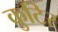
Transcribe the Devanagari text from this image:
कुटिर